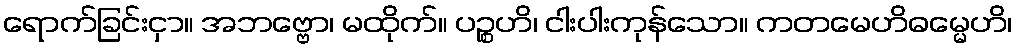
ရောက်ခြင်းငှာ။ အဘဗ္ဗော၊ မထိုက်။ ပဉ္စဟိ၊ ငါးပါးကုန်သော။ ကတမေဟိဓမ္မေဟိ၊